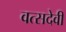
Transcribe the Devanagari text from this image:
वत्सदेवी